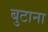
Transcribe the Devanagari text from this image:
बुटाना